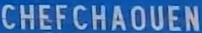
CHEFCHAOUEN